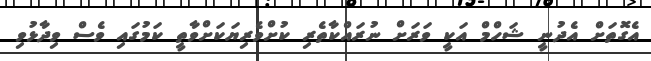
އެގޮތަށް އެދުނީ ޝަހްމް އަކީ ވަރަށް ނުރައްކާތެރި ކުށްވެރިޔަކަށްވާތީ ކަމުގައި ވެސް ވިދާޅުވި